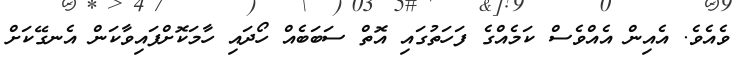
ވެއެވެ. އެއިން އެއްވެސް ކަމެއްގެ ފަހަތުގައި އޮތް ސަބަބެއް ހޯދައި ހާމަކޮށްފައިވާކަން އެނގޭކަށް